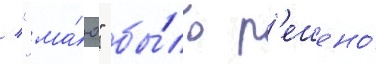
/ "ма́ю" бы́ло р'ешено́